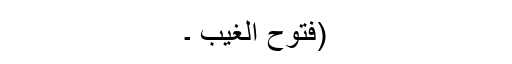
(فتوح الغیب ۔